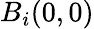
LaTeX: B_{i}(0,0)